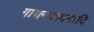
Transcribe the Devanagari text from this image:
गायनवादनादि